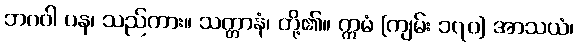
ဘဂဝါ ပန၊ သည်ကား။ သတ္တာနံ၊ တို့၏။ ဣမံ [ကျမ်း ၁၇၀] အာသယံ၊